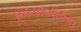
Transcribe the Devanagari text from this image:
गिर्यारोहणा